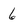
Character: 6